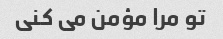
تو مرا مؤمن می کنی